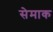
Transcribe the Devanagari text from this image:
सेमाक